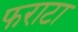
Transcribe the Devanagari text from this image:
फराटा